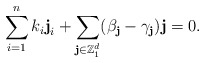
\begin{align*}\sum_{i=1}^nk_i\textbf{j}_i+\sum_{\textbf{j}\in\mathbb{Z}_1^d}(\beta_{\textbf{j}}-\gamma_{\textbf{j}})\textbf{j}=0.\end{align*}